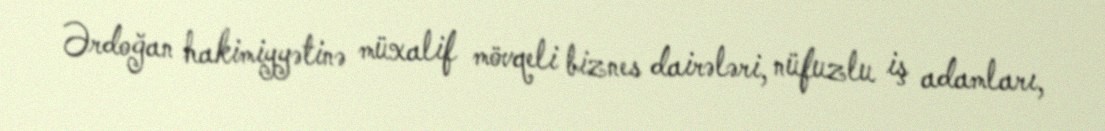
Ərdoğan hakimiyyətinə müxalif mövqeli biznes dairələri, nüfuzlu iş adamları,